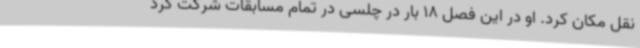
نقل مکان کرد. او در این فصل 18 بار در چلسی در تمام مسابقات شرکت کرد